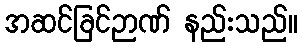
အဆင်ခြင်ဉာဏ် နည်းသည်။